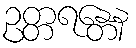
ဥတ္တရန္တေန